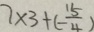
7 \times 3 + ( - \frac { 1 5 } { 4 } )